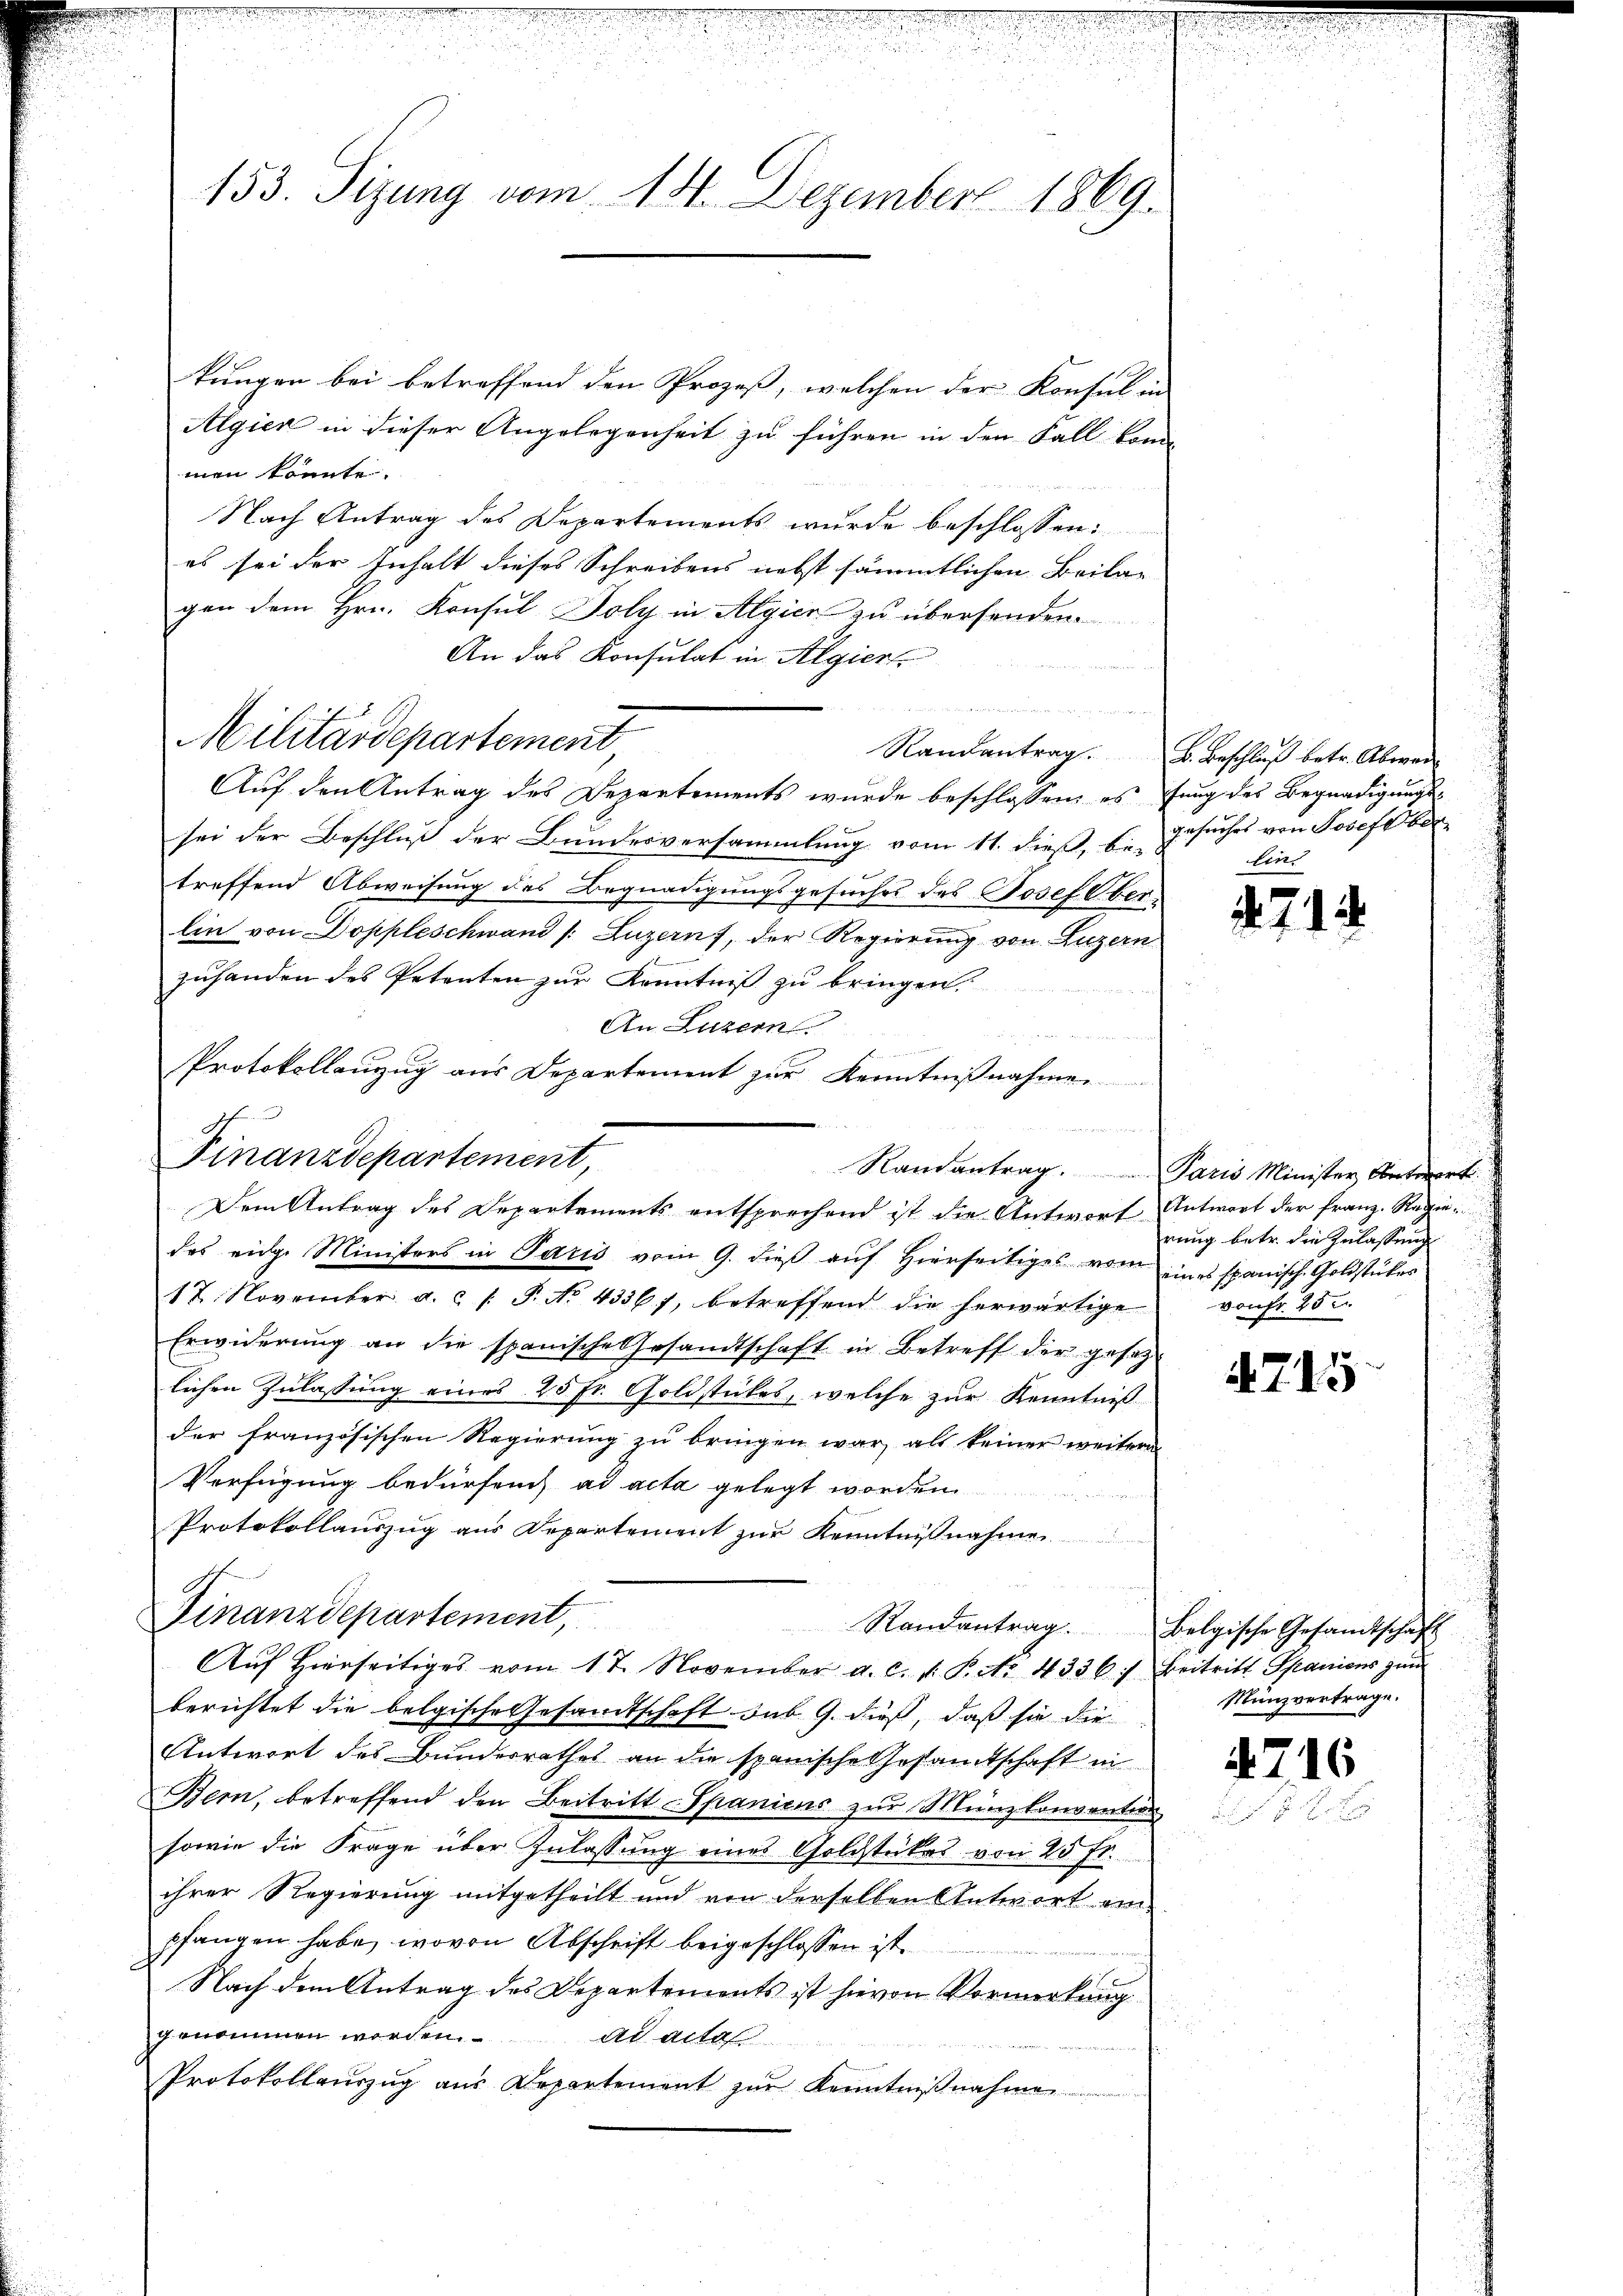
Finanzdepartement,

e

e
153. Sizung vom 14. Dezember 1869.

Militärdepartement

wahrt
Dem Antrag des Departements entsprechend ist die Antwort Antwort der Franz. Regie¬

kungen bei betreffend den Prozeß, welchen der Konsul in
Algien in dieser Angelegenheit zu führen in den Fall kann
men könnte.
Nach Antrag des Departements wurde beschlossen:
es sei der Inhalt dieses Schreibens nebst sämmtlichen Beilag
gen dem Hrn. Konsul Holz in Algier zu übersenden.
An das Konsulat in Algier
Auf den Antrag des Departements wurde beschlossen, es fung des Begnadigungs-
sei der Beschluß der Bundesversammlung vom 11. dieß, b. Gesuches von Josef ber
treffend Abweisung des Begnadigungsgesuches des Josef Oberlin von Doppleschwand /: Luzern, der Regierung von Luzern
zuhanden des Petenten zur Kenntniß zu bringen.
An Luzern

Protokollenzug aus Departement zur Kenntnißnahmen
Randantrag. Paris Minister Antwort
des eidge Ministors in Paris vom 9. dieß auf Hierseitiges vom eines spanische Goldstückes
12. November a. c. /: P. No 4336), betreffend die herwärtige
Erwiderung an die spanische Gesandtschaft in Betreff der gesetzlichen Zulassung eines 25 fr. Goldstückes, welche zur Kenntniß
der französischen Regierung zu bringen war, als keiner weitere
Verfügung bedürfen, ad acta gelegt worden.
Protokollauszug aus Departement zur Kenntnißnahme
Finanzdepartement,
Randantrag. Belgische Gesandtschaft
Auf hierseitiges vom 17. November a. c. v. P. No. 4336) Beitritt Spaniens zum
berichtet die belgische Gesandtschaft sub 9. dieß, daß sie die
Antwort des Bundesrathes an die spanische Gesandtschaft in
Bern, betreffend den Beitritt Spaniens zur Münzkonvention
sowie die Frage über Zulassung eines Goldstückes von 25 Fr.
ihrer Regierung mitgetheilt und von derselben Antwort ein
pfangen habe, wovon Abschrift beigeschlossen ist.
Nach dem Antrag des Departements ist hievon Vormerkung
genommen werden. ad acte
Protokollaŭszŭg aŭs Departement zŭr Kenntniβnahme

Randantrag. 6. Beschluß betr. Abwei
lin

71

rung betr. die Zulassung
von Fr. 25 u.

715

Münzvertrage.

4716